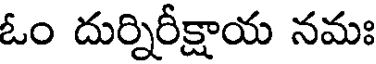
ఓం దుర్నిరీక్షాయ నమః